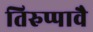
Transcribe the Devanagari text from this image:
तिरुप्पावै